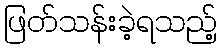
ဖြတ်သန်းခဲ့ရသည့်